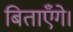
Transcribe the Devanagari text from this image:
बिताएँगे।